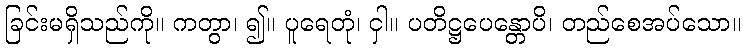
ခြင်းမရှိသည်ကို။ ကတွာ၊ ၍။ ပူရေတုံ၊ ငှါ။ ပတိဋ္ဌပေန္တောပိ၊ တည်စေအပ်သော။